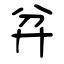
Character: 弅